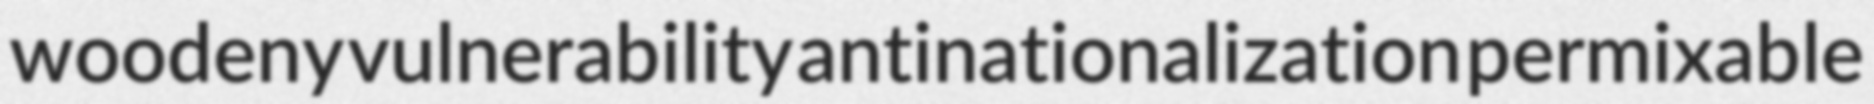
woodeny vulnerability antinationalization permixable